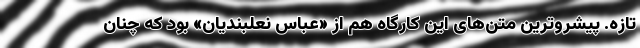
تازه. پیشروترین متن‌های این کارگاه هم از «عباس نعلبندیان» بود که چنان